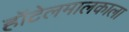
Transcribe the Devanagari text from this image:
हॉटेलमालकाला